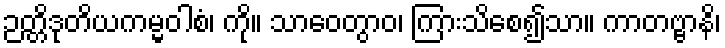
ဉတ္တိဒုတိယကမ္မဝါစံ၊ ကို။ သာဝေတွာဝ၊ ကြားသိစေ၍သာ။ ကာတဗ္ဗာနိ၊